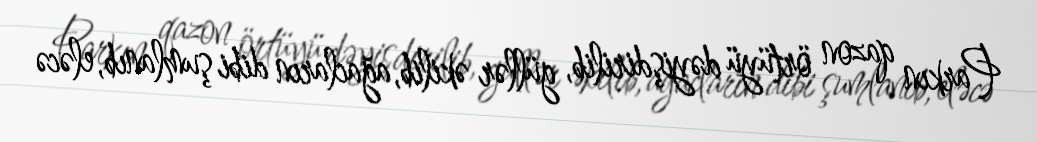
Parkın qazon örtüyü dəyişdirilib, güllər əkilib, ağacların dibi şumlanıb, eləcə